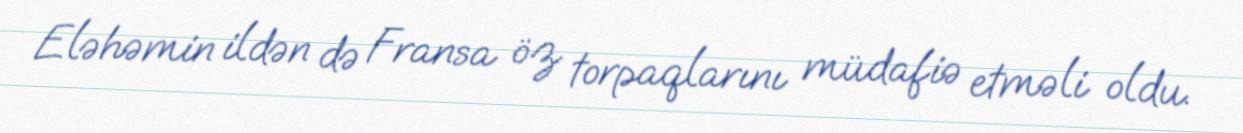
Eləhəmin ildən də Fransa öz torpaqlarını müdafiə etməli oldu.